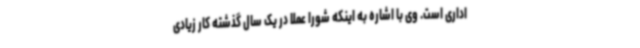
اداری است. وی با اشاره به اینکه شورا عملا در یک سال گذشته کار زیادی